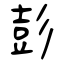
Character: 彭